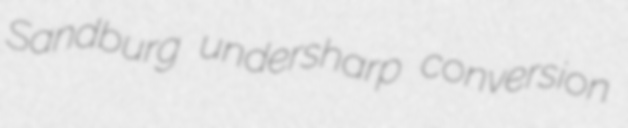
Sandburg undersharp conversion